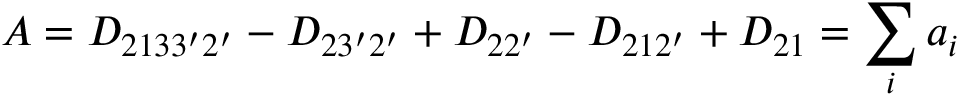
A = D _ { 2 1 3 3 ^ { \prime } 2 ^ { \prime } } - D _ { 2 3 ^ { \prime } 2 ^ { \prime } } + D _ { 2 2 ^ { \prime } } - D _ { 2 1 2 ^ { \prime } } + D _ { 2 1 } = \sum _ { i } a _ { i }